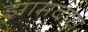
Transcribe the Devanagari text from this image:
झामदास